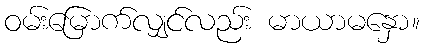
ဝမ်းမြောက်လျှင်လည်း မာယာမနှော။